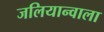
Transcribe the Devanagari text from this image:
जलियान्वाला